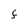
Character: F